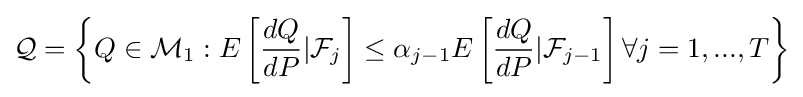
{\mathcal {Q}}=\left\{Q\in {\mathcal {M}}_{1}:E\left[{\frac {dQ}{dP}}|{\mathcal {F}}_{j}\right]\leq \alpha _{j-1}E\left[{\frac {dQ}{dP}}|{\mathcal {F}}_{j-1}\right]\forall j=1,...,T\right\}